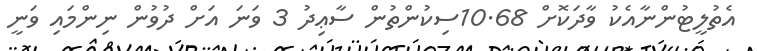
އެތުލީޓުންނާއެކު ވާދަކޮށް 10.68ސިކުންތުން ސާޢިދު 3 ވަނަ އަށް ދުވުން ނިންމައި ވަނީ